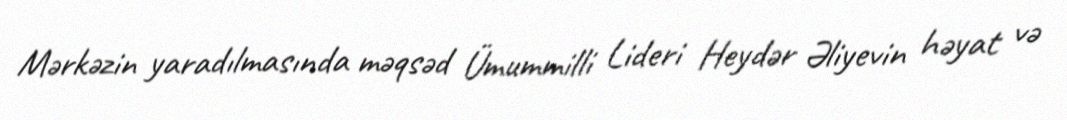
Mərkəzin yaradılmasında məqsəd Ümummilli Lideri Heydər Əliyevin həyat və